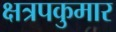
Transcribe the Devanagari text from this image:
क्षत्रपकुमार